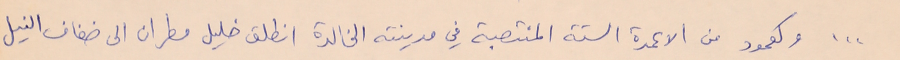
... وكعمود من الاعمدة الستة المنتصبة في مدينته الخالدة انطلق خليل مطران الى ضفاف النيل